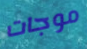
موجات